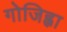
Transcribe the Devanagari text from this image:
गोजिह्वा